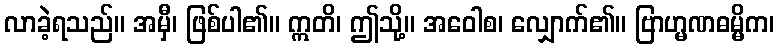
လာခဲ့ရသည်။ အမှီ၊ ဖြစ်ပါ၏။ ဣတိ၊ ဤသို့။ အဝေါစ၊ လျှောက်၏။ ဗြာဟ္မဏဓမ္မိက၊